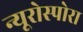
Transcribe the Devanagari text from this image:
न्यूरोस्पोरा